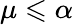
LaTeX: \mu\leqslant\alpha